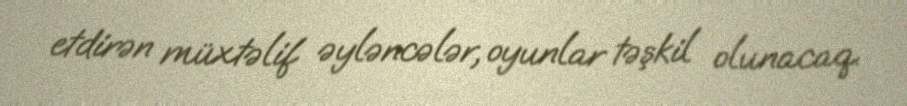
etdirən müxtəlif əyləncələr, oyunlar təşkil olunacaq.